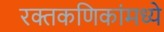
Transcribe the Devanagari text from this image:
रक्तकणिकांमध्ये